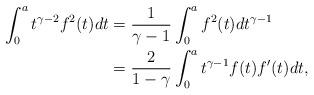
LaTeX: \begin{align*}\int_0^a t^{\gamma-2}f^2(t)dt&=\frac{1}{\gamma-1}\int_0^a f^2(t)dt^{\gamma-1}\\&=\frac{2}{1-\gamma}\int_0^a t^{\gamma-1}f(t)f'(t)dt,\end{align*}